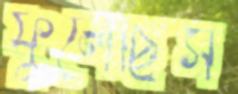
ফুলেছিস